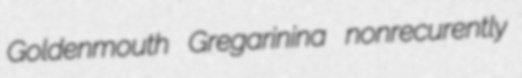
Goldenmouth Gregarinina nonrecurently